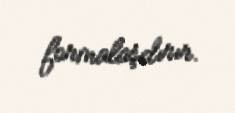
formalaşdırır.